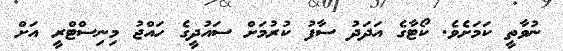
ނުވާތީ ކަމަށެވެ. ކޯޓާގެ އަދަދު ސާފު ކުރުމަށް ސައުދީގެ ހައްޖު މިނިސްޓްރީ އަށް